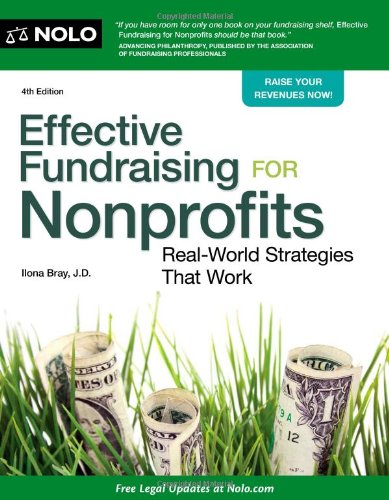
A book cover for Effective Fundraising for Nonprofits: Real-World Strategies That Work; Ilona Bray; Law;